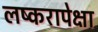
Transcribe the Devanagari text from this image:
लष्करापेक्षा